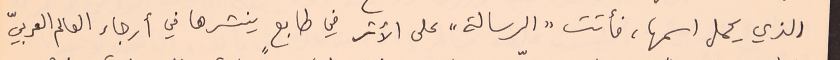
الذي يحمل اسمها، فأتت "الرسالة" على الأثر في طابعٍ ينشرها في أرجاء العالم العربيّ